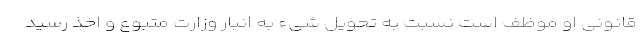
قانونی او موظف است نسبت به تحویل شیء به انبار وزارت متبوع و اخذ رسید